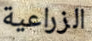
الزراعية